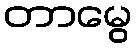
တာမွေ